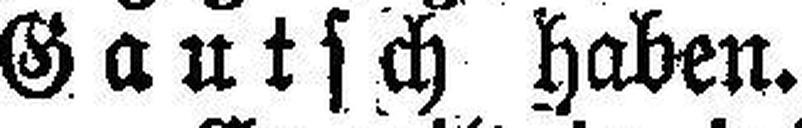
Gautsch haben.